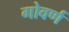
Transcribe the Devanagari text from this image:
गोवर्ण